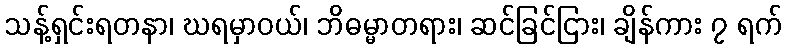
သန့်ရှင်းရတနာ၊ ဃရမှာဝယ်၊ ဘိဓမ္မာတရား၊ ဆင်ခြင်ငြား၊ ချိန်ကား ၇ ရက်